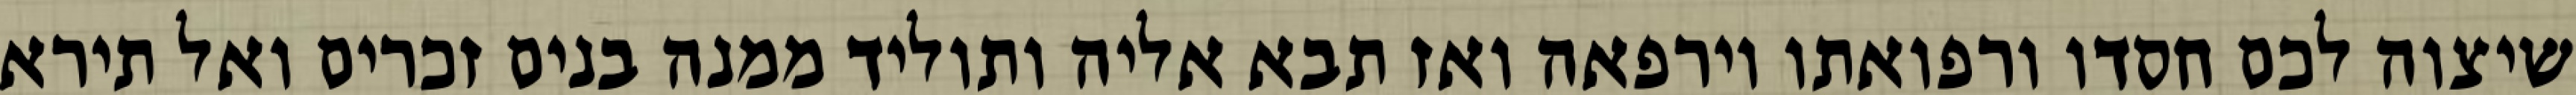
שיצוה לכם חסדו ורפואתו וירפאה ואז תבא אליה ותוליד ממנה בנים זכרים ואל תירא